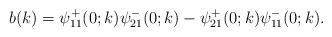
LaTeX: \begin{align*}b(k)=\psi^+_{11}(0 ;k) \psi^-_{21}(0;k)-\psi^+_{21}(0;k) \psi^-_{11}(0;k) .\end{align*}